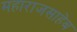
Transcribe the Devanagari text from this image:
महाराजसाहेब